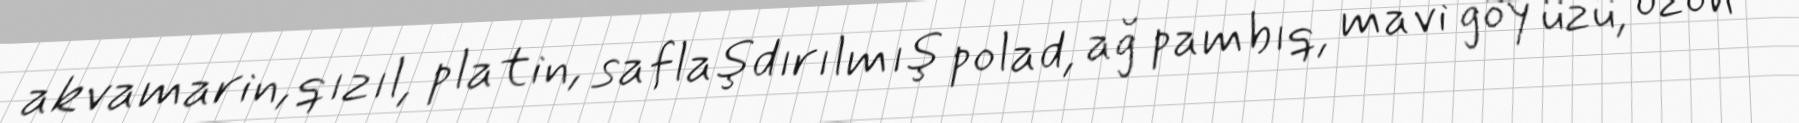
akvamarin, qızıl, platin, saflaşdırılmış polad, ağ pambıq, mavi göy üzü, ozon